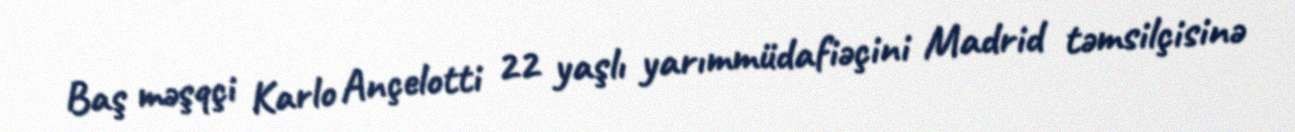
Baş məşqçi Karlo Ançelotti 22 yaşlı yarımmüdafiəçini Madrid təmsilçisinə